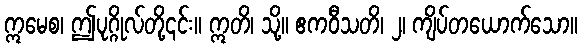
ဣမေစ၊ ဤပုဂ္ဂိုလ်တို့၎င်း။ ဣတိ၊ သို့။ ဧကဝီသတိ၊ ၂၊ ကျိပ်တယောက်သော။